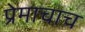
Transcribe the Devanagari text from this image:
प्रेमाचाच